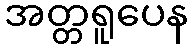
အတ္တရူပေန